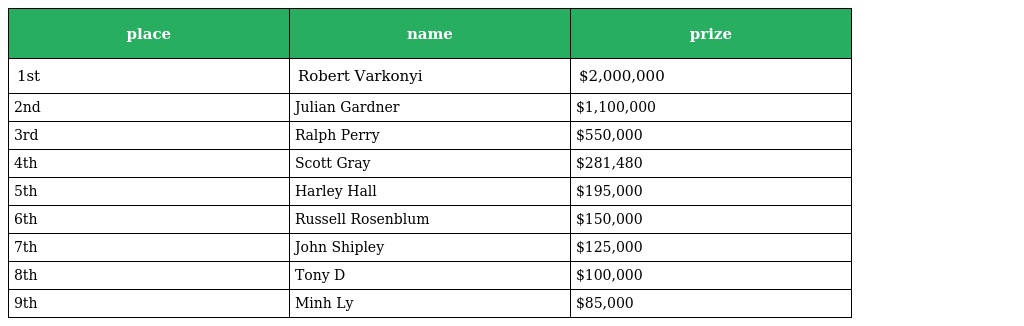
| place | name | prize |
 | --- | --- | --- |
 | 1st | Robert Varkonyi | $2,000,000 |
 | 2nd | Julian Gardner | $1,100,000 |
 | 3rd | Ralph Perry | $550,000 |
 | 4th | Scott Gray | $281,480 |
 | 5th | Harley Hall | $195,000 |
 | 6th | Russell Rosenblum | $150,000 |
 | 7th | John Shipley | $125,000 |
 | 8th | Tony D | $100,000 |
 | 9th | Minh Ly | $85,000 |